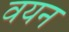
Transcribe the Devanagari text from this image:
वयन